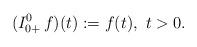
LaTeX: \begin{align*}(I^0_{0+}\, f)(t) := f(t),\ t>0.\end{align*}